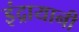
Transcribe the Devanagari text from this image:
इंद्रायानी